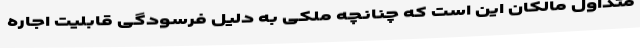
متداول مالکان این است که چنانچه ملکی به دلیل فرسودگی قابلیت اجاره